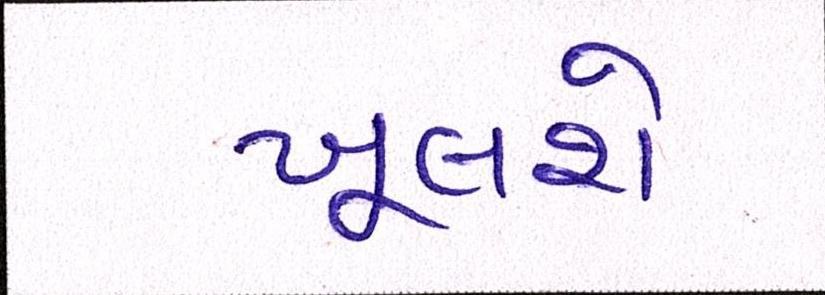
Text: ખૂલશે